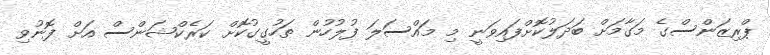
ޕްރިޒަންސްގެ މަގާމަށް ބަދަލުކޮށްފައިވަނީ މި މައްސަލަ ފުލުހުން ތަހުގީގުކޮށް ކަރެކްޝަންސް އަށް ފޮނުވި